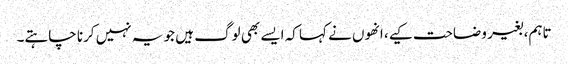
تاہم، بغیر وضاحت کیے، انھوں نے کہا کہ ایسے بھی لوگ ہیں جو یہ نہیں کرنا چاہتے۔